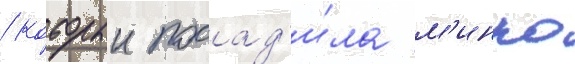
/ которыи посад'и́ла м'инко